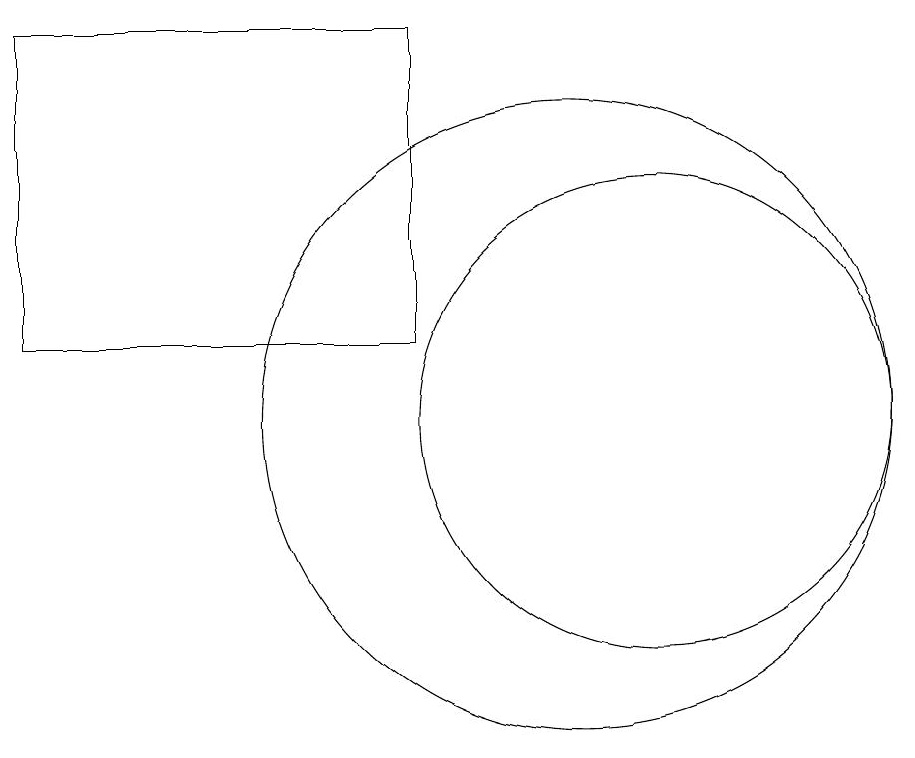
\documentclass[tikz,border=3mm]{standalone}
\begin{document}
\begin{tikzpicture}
\draw (11,11) circle (3);
\draw (10,11) circle (4);
\draw (8,16) rectangle (3,12);
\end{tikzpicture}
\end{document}